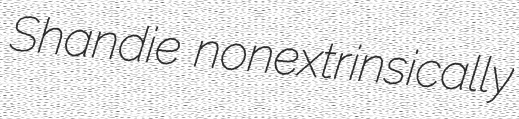
Shandie nonextrinsically